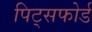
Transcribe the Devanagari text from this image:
पिट्सफोर्ड